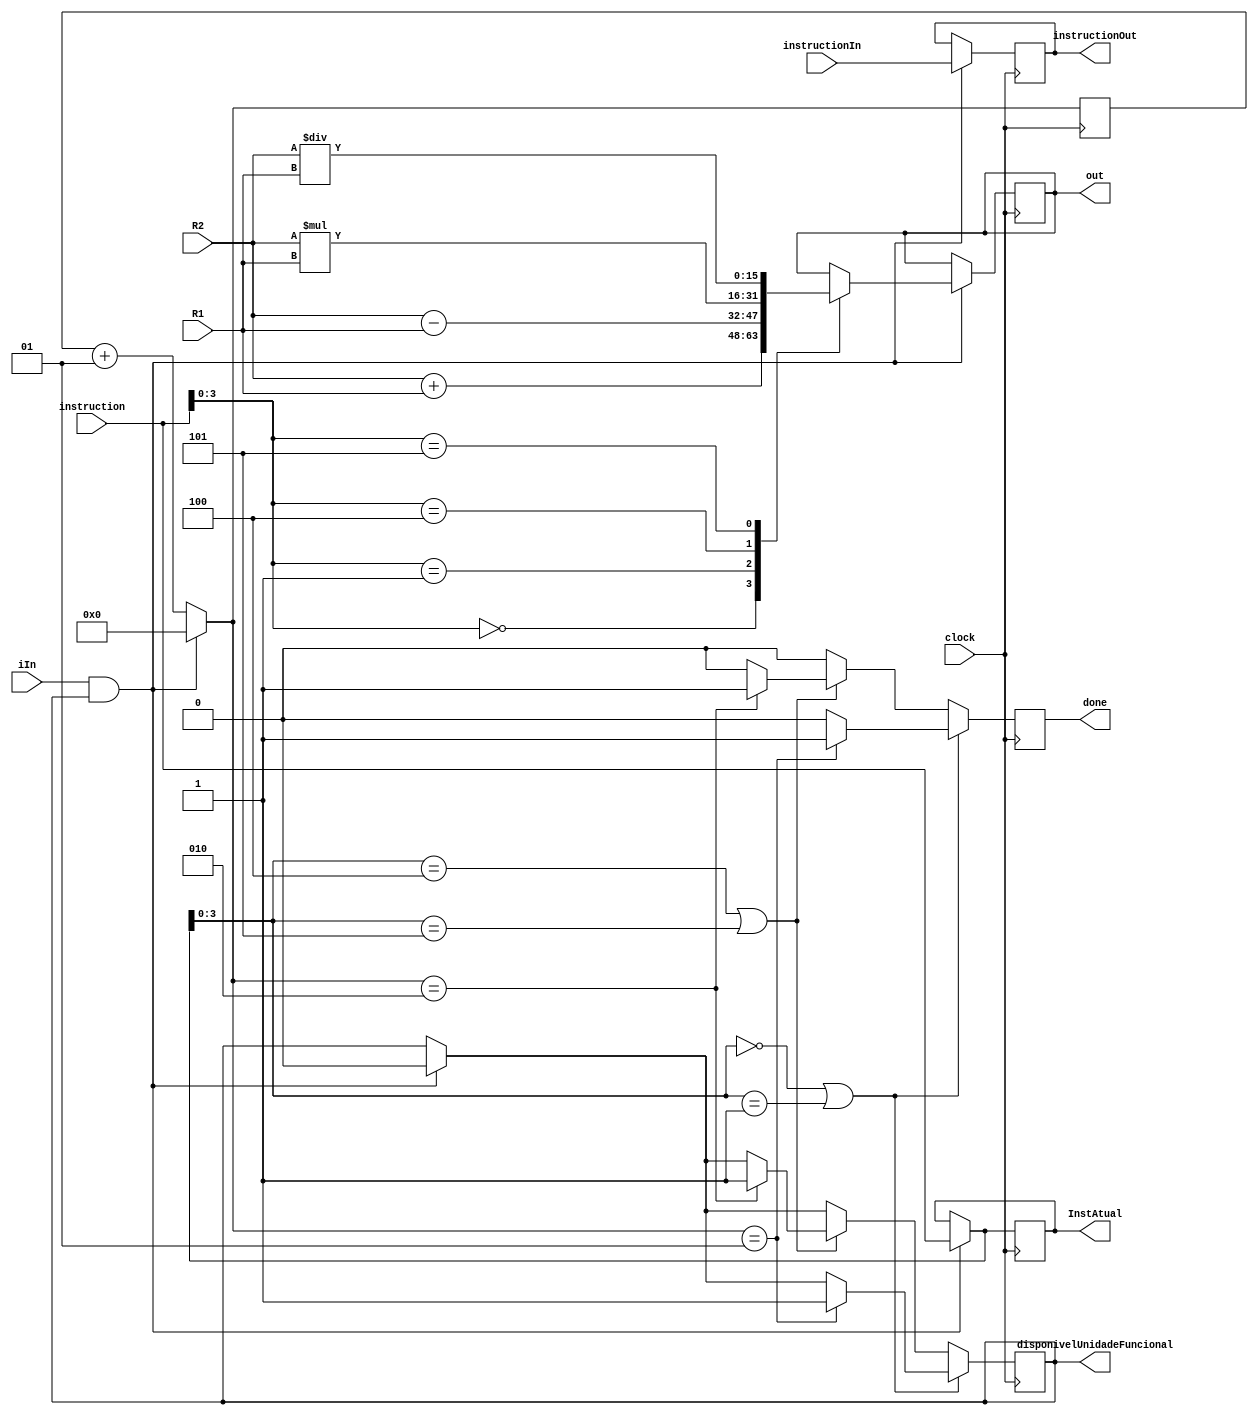
module UnidadeFuncional(clock, instruction, iIn, instructionIn, instructionOut, done, InstAtual, out, disponivelUnidadeFuncional, R1, R2);

	input [2:0]instructionIn;
	input [15:0]instruction;
	input iIn, clock;
	input [15:0] R1, R2;
	
	output reg done;
	output reg [15:0]out, InstAtual;
	output reg[2:0]instructionOut;
	output reg disponivelUnidadeFuncional;

	integer Latencia;
	
	initial begin
		InstAtual = 16'b0000000000001111;
		done = 0;
		disponivelUnidadeFuncional = 1;
	end

	always @(posedge clock)
	begin
	  done=0;	
		if(iIn == 1 && disponivelUnidadeFuncional == 1)
		begin	
			disponivelUnidadeFuncional = 0;
			InstAtual = instruction;
			Latencia = 0;
			instructionOut = instructionIn;
			case(instruction[3:0])
				4'b0000: out <= R2 + R1;
				4'b0001: out <= R2 - R1;
				4'b0100: out <= R2 * R1;
				4'b0101: out <= R2 / R1;
			endcase
		end
		else
			Latencia = Latencia + 1;

		// OPS: ADD E SUB
		if(InstAtual[3:0] == 4'b0000 || InstAtual[3:0] == 4'b0001) 
		begin
			if(Latencia == 1)
				begin
				done = 1'b1;
				disponivelUnidadeFuncional = 1;
				end
			end
		else 
		begin
			// OPS: MUL E DIV
			if(InstAtual[3:0] == 4'b0100 || InstAtual[3:0] == 4'b0101)
			begin
				if(Latencia == 2)
				begin
					done = 1'b1;
					disponivelUnidadeFuncional = 1;
				end
			end
		end
	end

endmodule